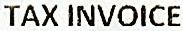
TAX INVOICE